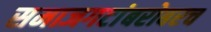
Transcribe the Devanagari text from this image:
समाजगटांबरोबरच